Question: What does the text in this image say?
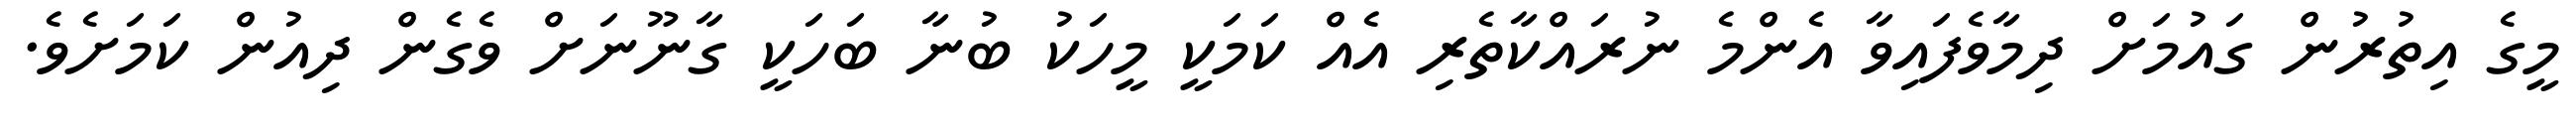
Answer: މީގެ އިތުރުން ގައުމަށް ދިމާވެފައިވާ އެންމެ ނުރައްކާތެރި އެއް ކަމަކީ މީހަކު ބުނާ ބަހަކީ ގާނޫނަށް ވެގެން ދިއުން ކަމަށެވެ.